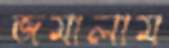
জমালাম